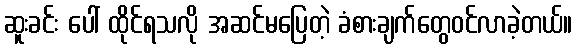
ဆူးခင်း ပေါ် ထိုင်ရသလို အဆင်မပြေတဲ့ ခံစားချက်တွေဝင်လာခဲ့တယ်။